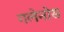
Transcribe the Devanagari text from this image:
गलेनोस